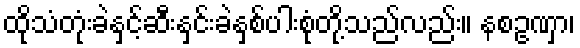
ထိုသံတုံးခဲနှင့်ဆီးနှင်းခဲနှစ်ပါးစုံတို့သည်လည်း။ နစဥဏှာ၊